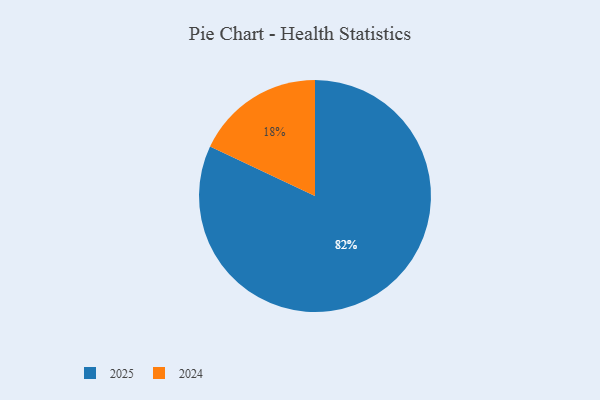
{"axis": {"x": "Category", "y": "Percentage"}, "legend": ["2024", "2025"], "data": [{"x": "2024", "y": 18, "type": "2024"}, {"x": "2025", "y": 82, "type": "2025"}]}